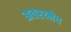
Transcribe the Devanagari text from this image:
अवश्य्मेव